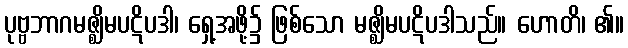
ပုဗ္ဗဘာဂမဇ္ဈိမပဋိပဒါ၊ ရှေ့အဖို့၌ ဖြစ်သော မဇ္ဈိမပဋိပဒါသည်။ ဟောတိ၊ ၏။